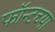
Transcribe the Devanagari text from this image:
फॉन्टच्या